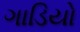
ગાડિયો